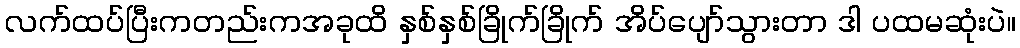
လက်ထပ်ပြီးကတည်းကအခုထိ နှစ်နှစ်ခြိုက်ခြိုက် အိပ်ပျော်သွားတာ ဒါ ပထမဆုံးပဲ။